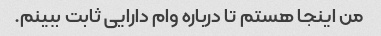
من اینجا هستم تا درباره وام دارایی ثابت ببینم.